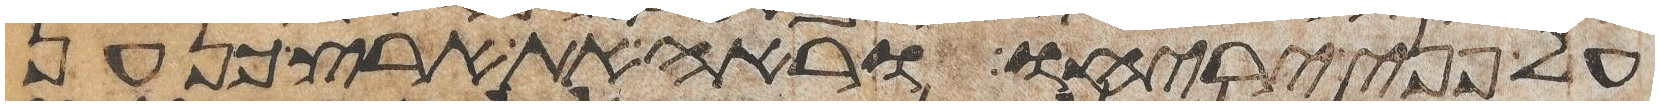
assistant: על פני יריחו וראה את ארץ כנען